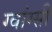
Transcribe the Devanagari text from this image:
ग्वांग्सी